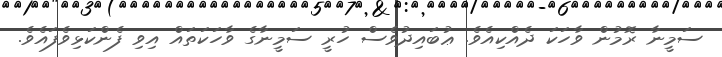
ސަމީނާ ރޮމުން ވާހަކަ ދެއްކިއެވެ. ޢުބައިދުވެސް ހުރީ ސަމީނާގެ ވާހަކަތައް އިވި ފެންކަޅިވެފައެވެ.